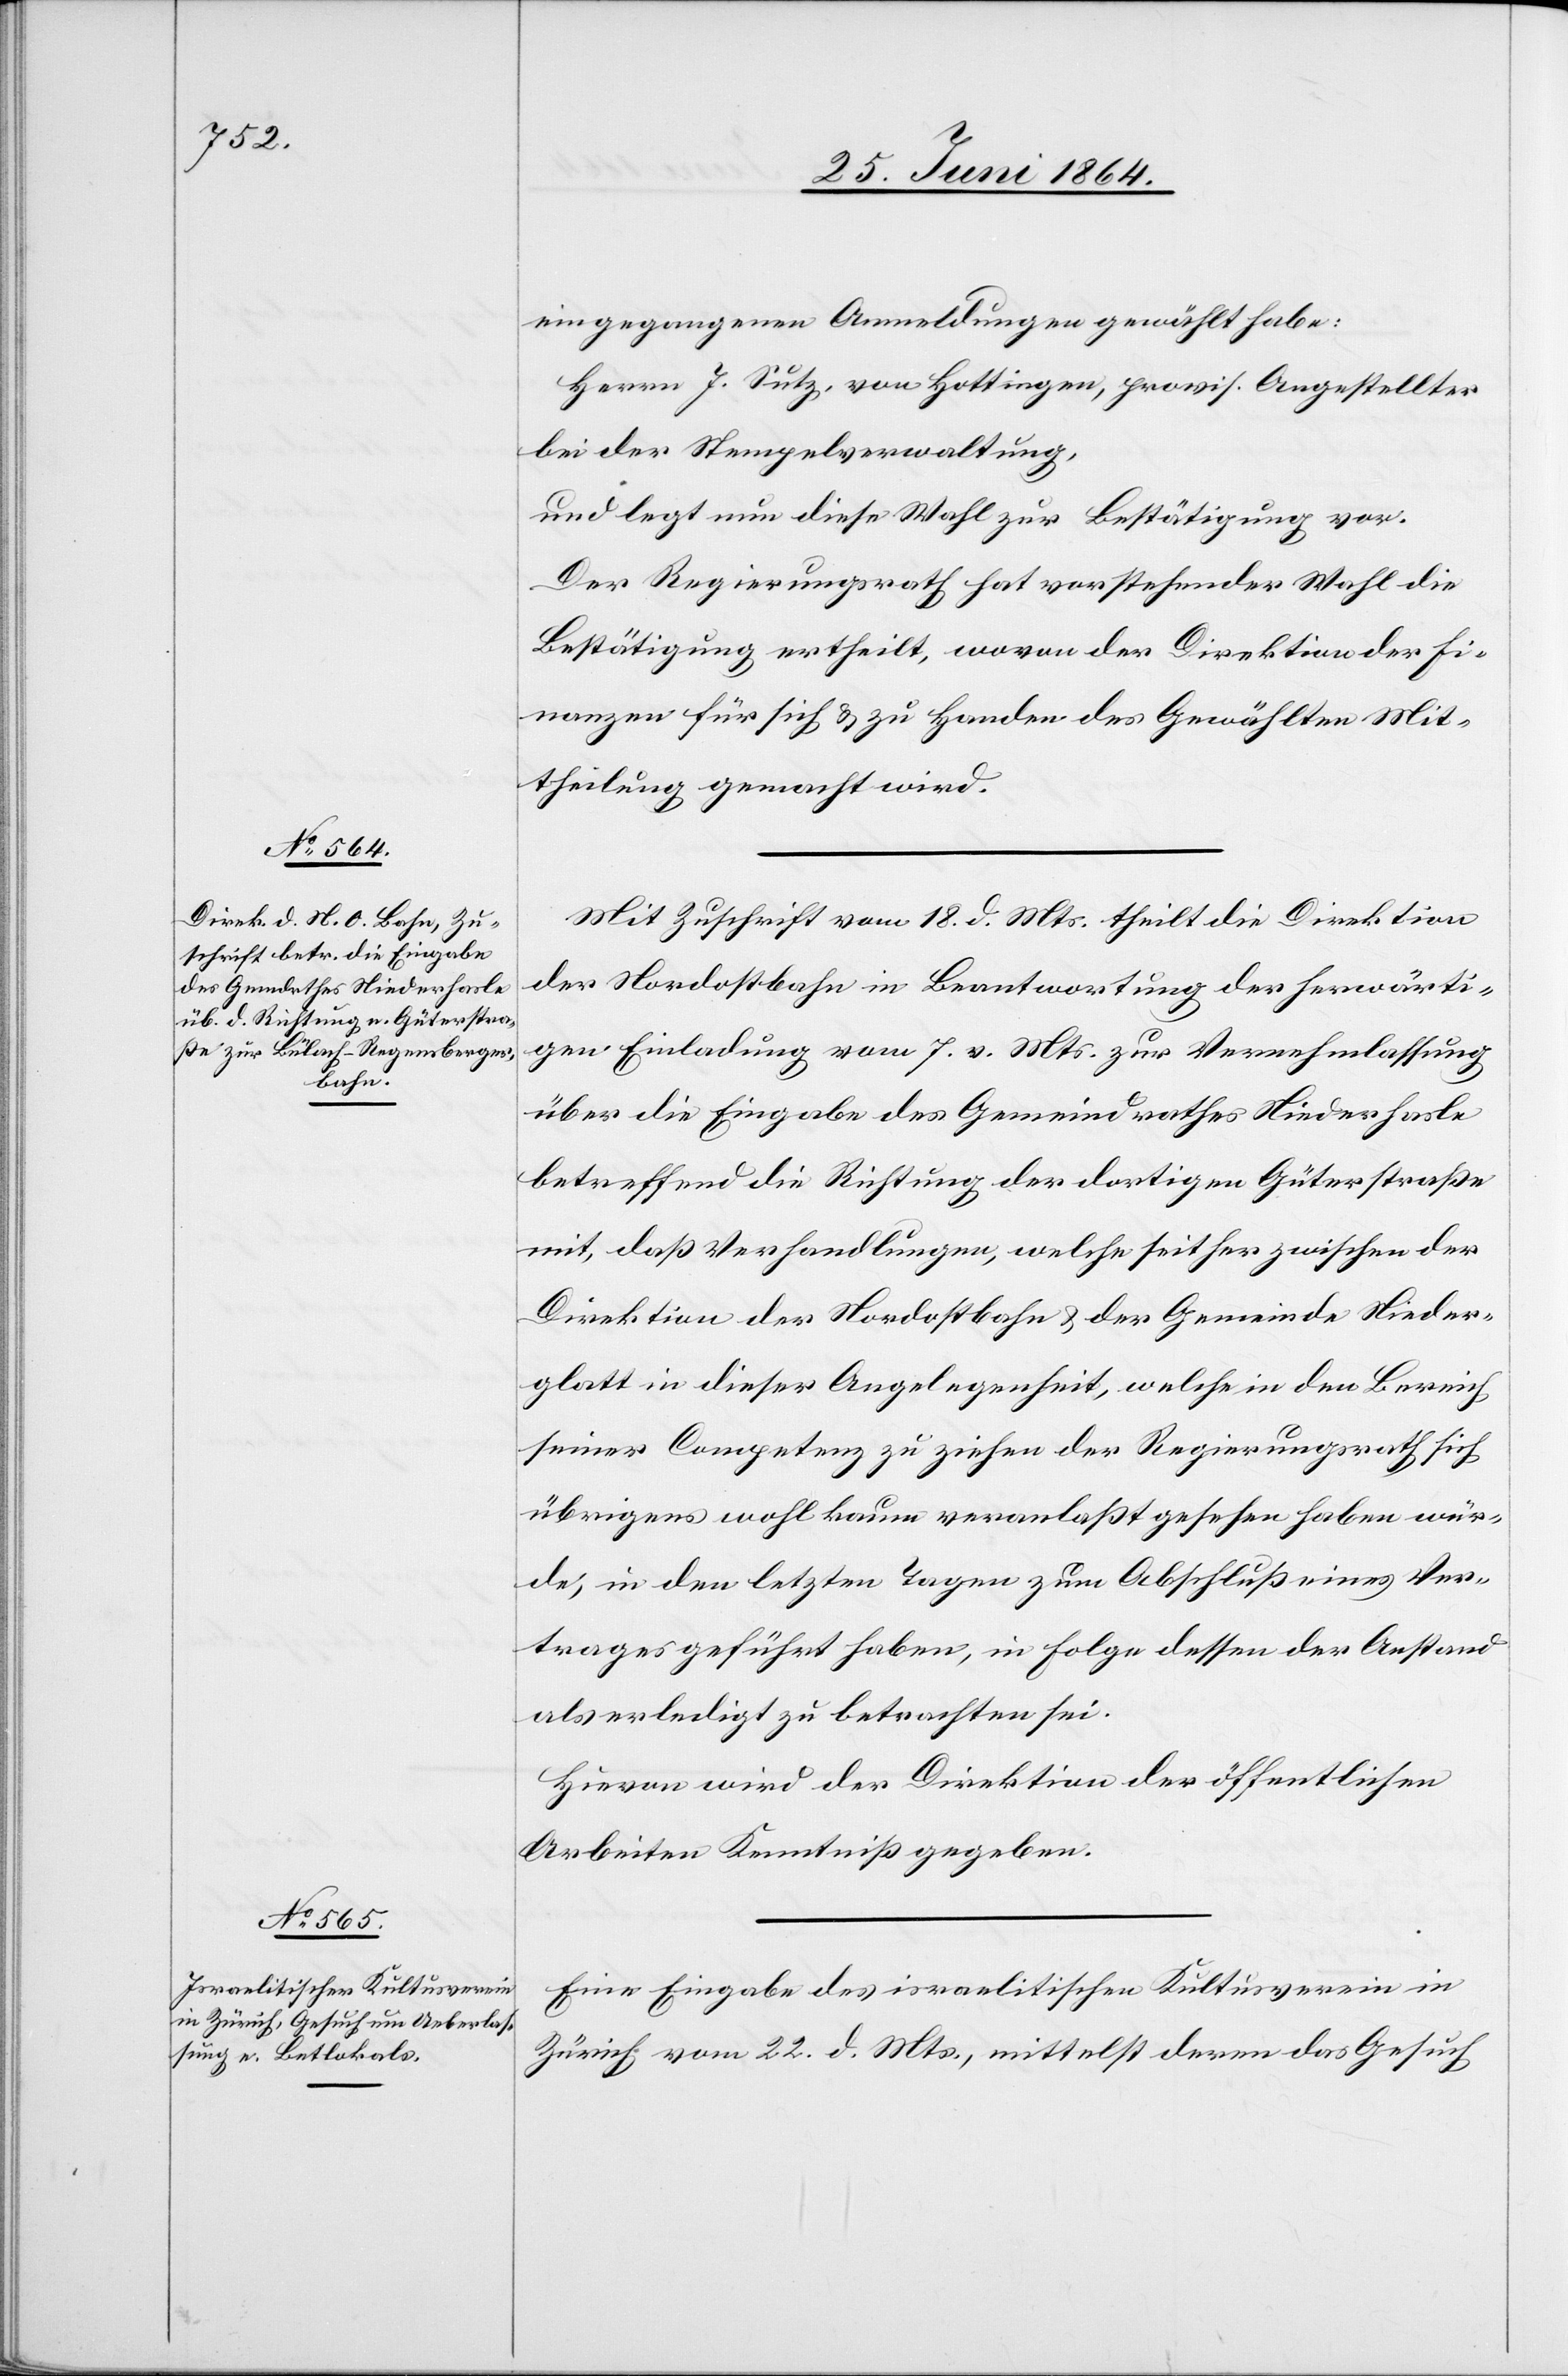
eingegangenen Anmeldungen gewählt habe:
Herrn J. Sutz, von Hottingen, provis. Angestellter
bei der Stempelverwaltung,
und legt nun diese Wahl zur Bestätigung vor.
Der Regierungsrath hat vorstehender Wahl die
Bestätigung ertheilt, wovon der Direktion der Fi¬
nanzen für sich u. zu Handen des Gewählten Mit¬
theilung gemacht wird.
Mit Zuschrift vom 18. d. Mts. theilt die Direktion
der Nordostbahn in Beantwortung der herwärti¬
gen Einladung vom 7. v. Mts. zur Vernehmlassung
über die Eingabe des Gemeindrathes Niederhasle
betreffend die Richtung der dortigen Güterstraße
mit, daß Verhandlungen, welche seither zwischen der
Direktion der Nordostbahn u. der Gemeinde Nieder¬
glatt in dieser Angelegenheit, welche in den Bereich
seiner Competenz zu ziehen der Regierungsrath sich
übrigens wohl kaum veranlaßt gesehen haben wür¬
de, in den letzten Tagen zum Abschluß eines Ver¬
trages geführt haben, in Folge dessen der Anstand
als erledigt zu betrachten sei.
Hievon wird der Direktion der öffentlichen
Arbeiten Kenntniß gegeben.
Eine Eingabe des israelitischen Kultusverein in
Zürich vom 22. d. Mts., mittelst deren das Gesuch